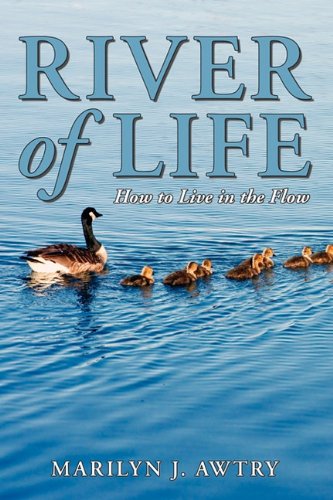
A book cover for River of Life  - How to Live in the Flow; Marilyn J Awtry; Law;